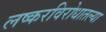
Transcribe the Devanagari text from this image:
लष्करविरोधातल्या